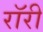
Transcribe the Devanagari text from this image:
रॉरी